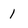
Character: 1